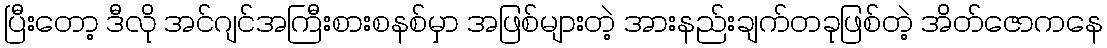
ပြီးတော့ ဒီလို အင်ဂျင်အကြီးစားစနစ်မှာ အဖြစ်များတဲ့ အားနည်းချက်တခုဖြစ်တဲ့ အိတ်ဇောကနေ